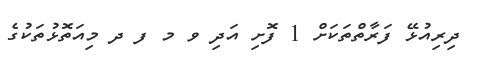
ދިރިއުޅޭ ފަރާތްތަކަށް 1 ފޮށި އަދި ވ މ ފ ދ މިއަތޮޅުތަކުގެ